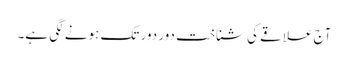
آج علاقے کی شناخت دور دور تک ہونے لگی ہے۔